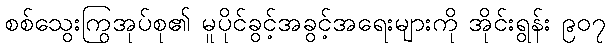
စစ်သွေးကြွအုပ်စု၏ မူပိုင်ခွင့်အခွင့်အရေးများကို အိုင်းရွန်း ၉၀၇